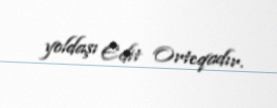
yoldaşı Edit Orteqadır.